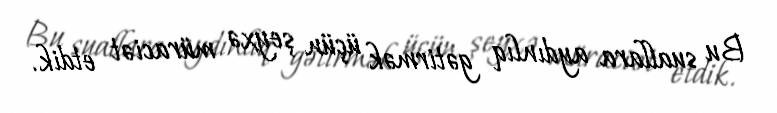
Bu suallara aydınlıq gətirmək üçün şeyxə müraciət etdik.